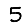
Digit: 5